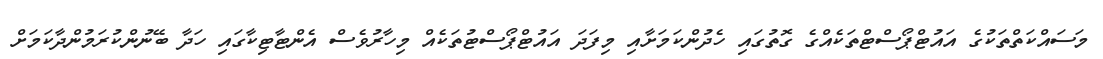
މަސައްކަތްތަކުގެ އައުޓްޕޯސްޓްތަކެއްގެ ގޮތުގައި ހެދުންކަމަށާއި މިފަދަ އައުޓްޕޯސްޓުތަކެއް މިހާރުވެސް އެންޓާޓިކާގައި ހަދާ ބޭނުންކުރަމުންދާކަމަށް